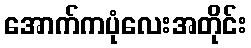
အောက်ကပုံလေးအတိုင်း